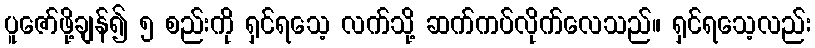
ပူဇော်ဖို့ချန်၍ ၅ စည်းကို ရှင်ရသေ့ လက်သို့ ဆက်ကပ်လိုက်လေသည်။ ရှင်ရသေ့လည်း